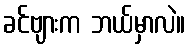
ခင်ဗျားက ဘယ်မှာလဲ။